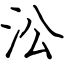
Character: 㳂